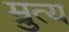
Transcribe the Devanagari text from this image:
म्रुत्य